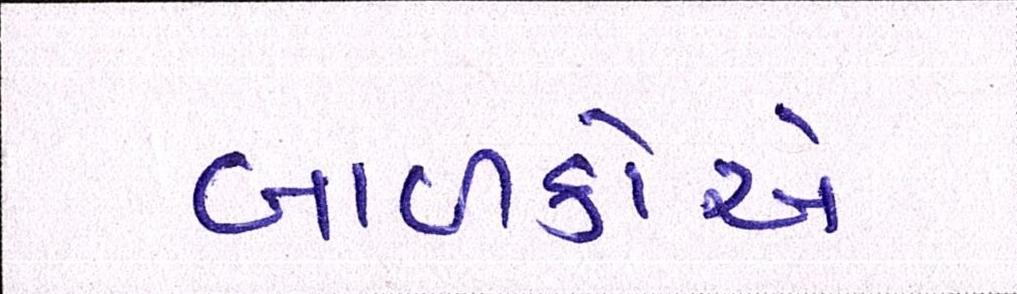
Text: બાળકોએ